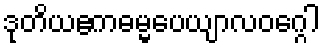
ဒုတိယဧကဓမ္မပေယျာလဝဂ္ဂေါ